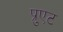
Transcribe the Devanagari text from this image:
प्रुएट